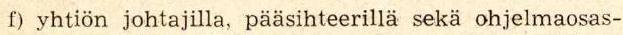
f) yhtiön johtajilla, pääsihteerillä sekä ohjelmaosas-